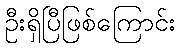
ဦးရှိပြီဖြစ်ကြောင်း